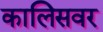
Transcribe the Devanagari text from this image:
कालिसवर